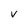
Character: v